Annual administration report of the Bombay Presidency - 1887-1892
Year: 1887
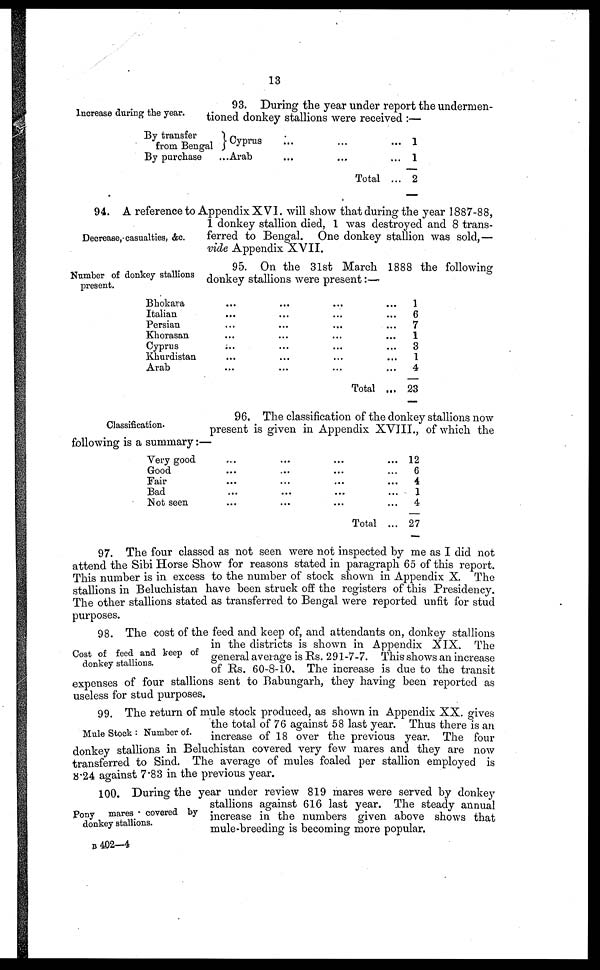
13
Increase during the year.
93. During the year under report the undermen-
tioned donkey stallions were received :—
By transfer
from Bengal
By purchase
Cyprus
...Arab
...
...
...
...
Total
... 1
... 1
... 2
Decrease, casualties, &c.
94. A reference to Appendix XVI. will show that during the year 1887-88,
1 donkey stallion died, 1 was destroyed and 8 trans-
ferred to Bengal. One donkey stallion was sold,—
vide Appendix XVII.
Number of donkey stallions
present.
95. On the 31st March 1888 the following
donkey stallions were present:—
Bhokara ... ... ... ...
Italian ... ... ... ...
Persian ... ... ... ...
Khorasan ... ... ... ...
Cyprus ... ... ... ...
Khurdistan ... ... ... ...
Arab ... ... ... ...
Total...
1
6
7
1
3
1
4
23
Classification.
96. The classification of the donkey stallions now
present is given in Appendix XVIII., of which the
following is a summary:—
Very good ... ... ... ...
Good ... ... ... ...
Fair ... ... ... ...
Bad ... ... ... ...
Not seen ... ... ... ...
Total ...
12
6
4
1
4
27
97. The four classed as not seen were not inspected by me as I did not
attend the Sibi Horse Show for reasons stated in paragraph 65 of this report.
This number is in excess to the number of stock shown in Appendix X. The
stallions in Beluchistan have been struck off the registers of this Presidency.
The other stallions stated as transferred to Bengal were reported unfit for stud
purposes.
Cost of feed and keep of
donkey stallions.
98. The cost of the feed and keep of, and attendants on, donkey stallions
in the districts is shown in Appendix XIX. The
general average is Rs. 291-7-7. This shows an increase
of Rs. 60-8-10. The increase is due to the transit
expenses of four stallions sent to Babungarh, they having been reported as
useless for stud purposes.
Mule Stock : Number of.
99. The return of mule stock produced, as shown in Appendix XX. gives
the total of 76 against 58 last year. Thus there is an
increase of 18 over the previous year. The four
donkey stallions in Beluchistan covered very few mares and they are now
transferred to Sind. The average of mules foaled per stallion employed is
8.24 against 7.83 in the previous year.
Pony mares covered by
donkey stallions.
100. During the year under review 819 mares were served by donkey
stallions against 616 last year. The steady annual
increase in the numbers given above shows that
mule-breeding is becoming more popular.
B 402—4